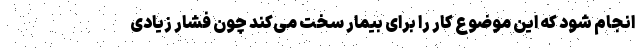
انجام شود که این موضوع کار را برای بیمار سخت می‌کند چون فشار زیادی